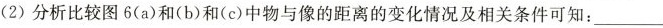
(2)分析比较图6(a)和(b)和(c)中物与像的距离的变化情况及相关条件可知：___